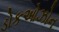
ડોકઓઝોન